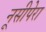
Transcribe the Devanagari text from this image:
नूसीपेरा